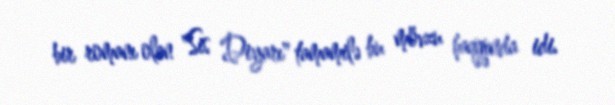
bir romanı olan "Sis Diyarı" tamamilə bu mövzu haqqında idi.